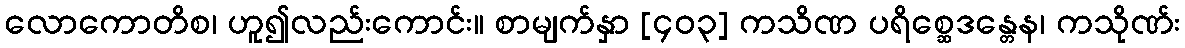
လောကောတိစ၊ ဟူ၍လည်းကောင်း။ စာမျက်နှာ [၄၀၃] ကသိဏ ပရိစ္ဆေဒန္တေန၊ ကသိုဏ်း